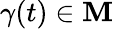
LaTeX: \gamma(t)\in\mathbf{M}